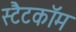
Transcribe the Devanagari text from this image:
स्टैटकॉम